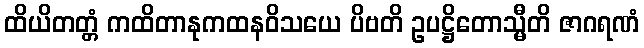
ထိယိတတ္တံ ကထိတာနုကထနဝိသယေ ပိဗတိ ဥပဋ္ဌိတောသ္မီတိ ဇာဂရဏံ